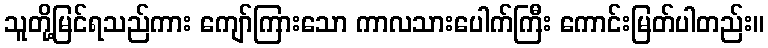
သူတို့မြင်ရသည်ကား ကျော်ကြားသော ကာလသားပေါက်ကြီး ကောင်းမြတ်ပါတည်း။